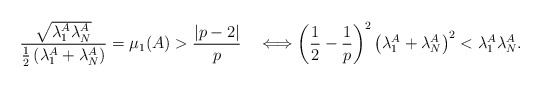
\begin{align*} \frac{\sqrt{\lambda_1^A\lambda_N^A}}{\frac{1}{2}\left(\lambda_1^A+\lambda_N^A\right)} = \mu_1(A) > \frac{|p-2|}{p} \quad\Longleftrightarrow\left(\frac{1}{2}-\frac{1}{p}\right)^2\left(\lambda_1^A+\lambda_N^A\right)^2 < \lambda_1^A\lambda_N^A. \end{align*}